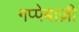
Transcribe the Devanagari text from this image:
गप्पेबाज़ी